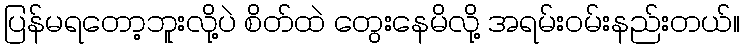
ပြန်မရတော့ဘူးလို့ပဲ စိတ်ထဲ တွေးနေမိလို့ အရမ်းဝမ်းနည်းတယ်။